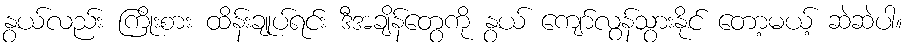
နွယ်လည်း ကြိုးစား ထိန်းချုပ်ရင်း ဒီအချိန်တွေကို နွယ် ကျော်လွန်သွားနိုင် တော့မယ့် ဆဲဆဲပါ။